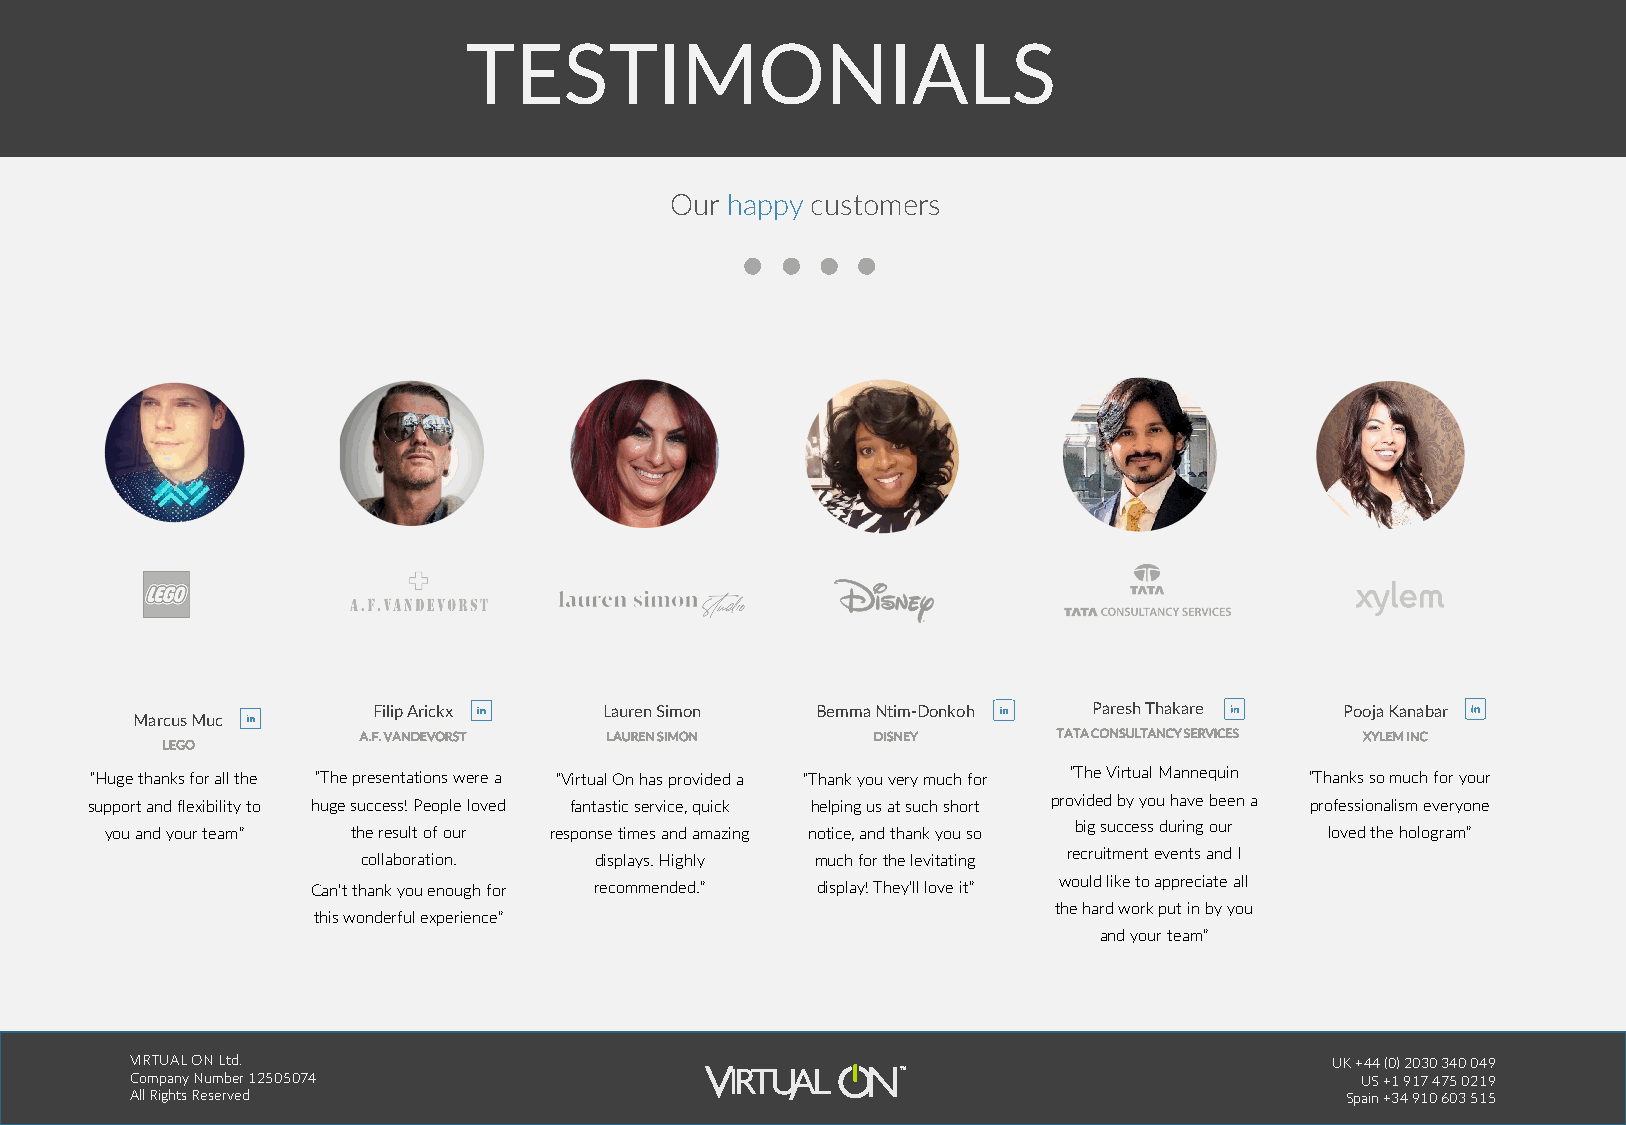
TESTIMONIALS
 Our happy customers
 Filip Arickx   Lauren Simon  BemmaNtim-Donkoh  Paresh Thakare   Pooja Kanabar
 Marcus Muc
 A.F. VANDEVORST LAUREN SIMON      DISNEY      TATA CONSULTANCY SERVICES XYLEM INC
 LEGO
 “Huge thanks for all the “The presentations were a “Virtual On has provided a “Thank you very much for “The Virtual Mannequin “Thanks so much for your
 support and flexibility to huge success! People loved fantastic service, quick helping us at such short provided by you have been a professionalism everyone
 you and your team” the result of our response times and amazing notice, and thank you so big success during our loved the hologram”
 collaboration. displays. Highly much for the levitating recruitment events and I
 would like to appreciate all
 Can’t thank you enough for recommended.” display! They’ll love it”
 the hard work put in by you
 this wonderful experience”
 and your team”
 VIRTUAL ON Ltd.                                                                UK +44 (0) 2030 340 049
 Company Number 12505074                                                          US +1 917 475 0219
 All Rights Reserved                                                             Spain +34 910 603 515